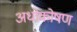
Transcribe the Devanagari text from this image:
अधोकोषण